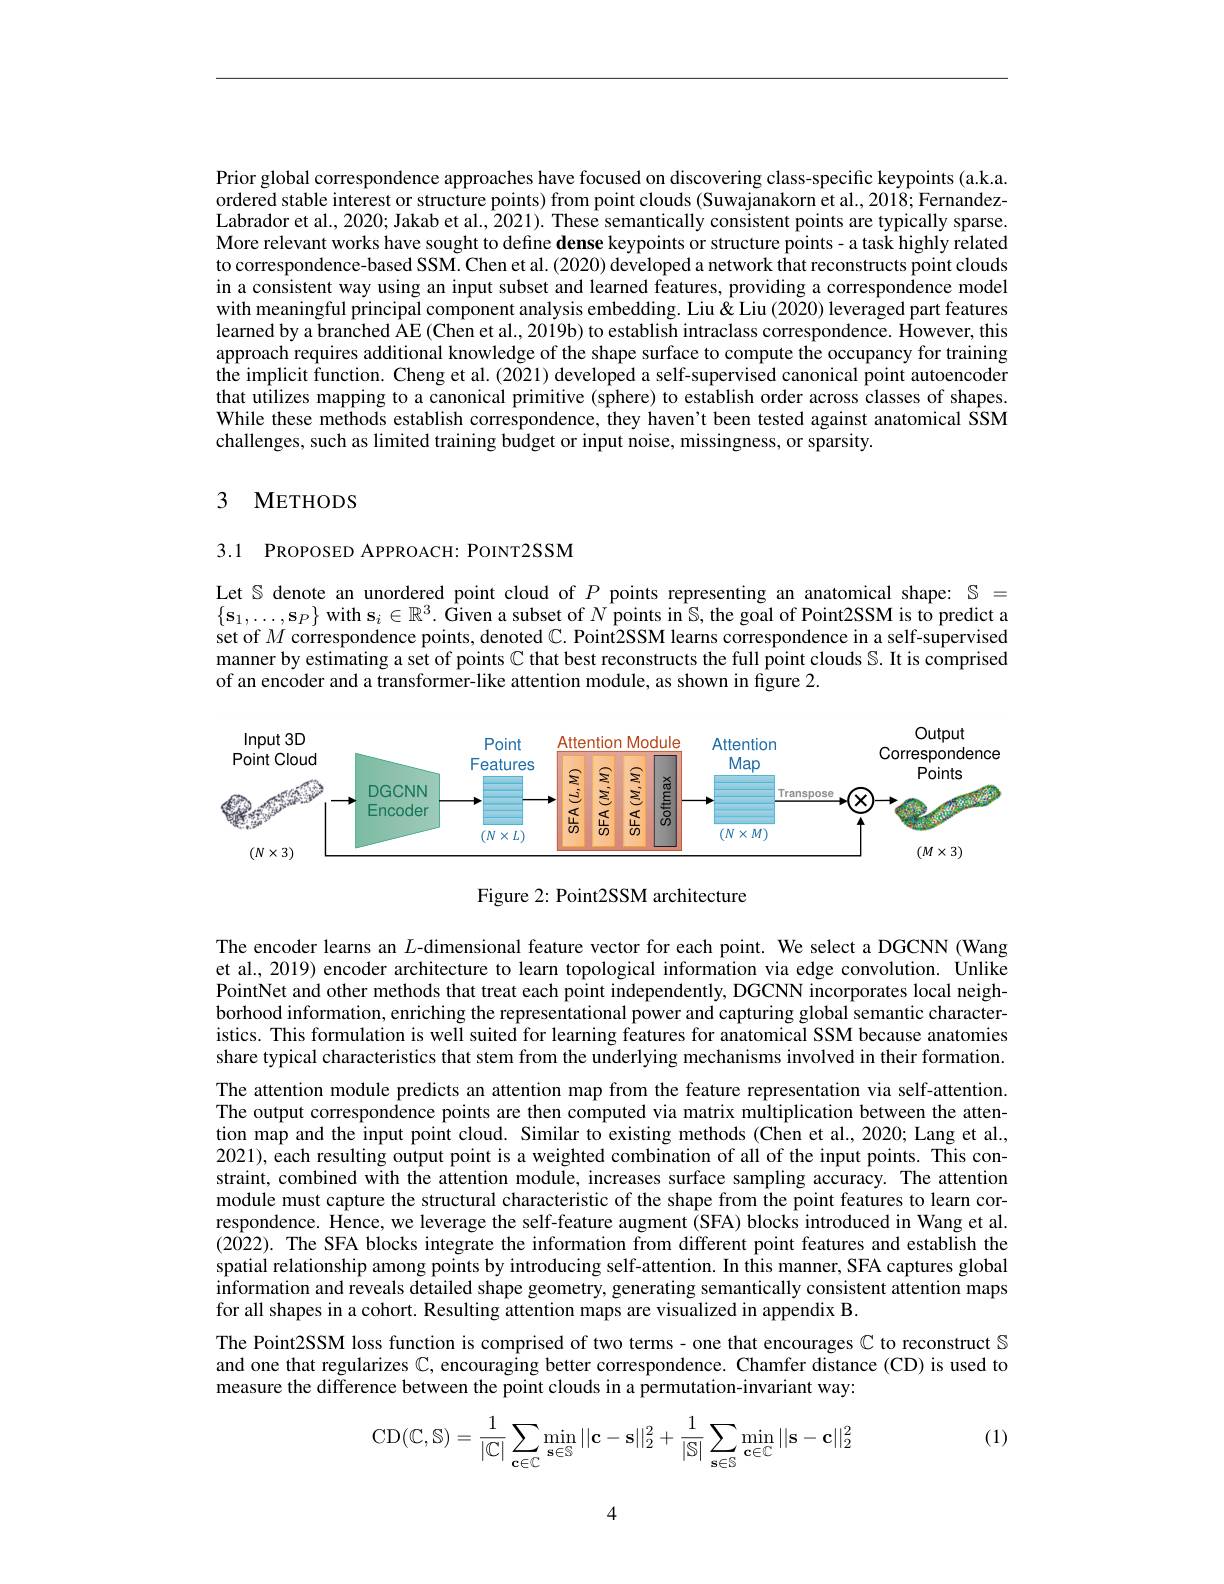
Prior global correspondence approaches have focused on discovering class-specific keypoints (a.k.a. ordered stable interest or structure points) from point clouds (Suwajanakorn et al., 2018; FernandezLabrador et al., 2020; Jakab et al., 2021). These semantically consistent points are typically sparse. More relevant works have sought to define dense keypoints or structure points - a task highly related to correspondence-based SSM. Chen et al. (2020) developed a network that reconstructs point clouds in a consistent way using an input subset and learned features, providing a correspondence model with meaningful principal component analysis embedding. Liu & Liu $\&$ Liu (2020) leveraged part features learned by a branched AE (Chen et al., 2019b) to establish intraclass correspondence. However, this approach requires additional knowledge of the shape surface to compute the occupancy for training the implicit function. Cheng et al.(2021) developed a self-supervised canonical point autoencoder that utilizes mapping to a canonical primitive (sphere) to establish order across classes of shapes. While these methods establish correspondence, they haven't been tested against anatomical SSM challenges, such as limited training budget or input noise, missingness, or sparsity.

### 3 METHODS

3.1 PROPOSED APPROACH: POINT2SSM

Let $\mathbb{S}$ denote an unordered point cloud of $P$ points representing an anatomical shape: $\mathbb{S}=$ $\{\mathbf{s}_1,\ldots,\mathbf{s}_P\}$ with $\mathbf{s}_i\in\mathbb{R}^3.$ Given a subset of $N$ points in S, the goal of Point2SSM is to predict a set of $M$ correspondence points, denoted $\mathbb{C}.$ Point2SSM learns correspondence in a self-supervised manner by estimating a set of points $\mathbb{C}$ that best reconstructs the full point clouds S. It is comprised of an encoder and a transformer-like attention module, as shown in figure 2.

<FigureHere>

Figure 2: Point2SSM architecture

The encoder learns an $L$-dimensional feature vector for each point. We select a DGCNN (Wang et al., 2019) encoder architecture to learn topological information via edge convolution. Unlike PointNet and other methods that treat each point independently, DGCNN incorporates local neighborhood information, enriching the representational power and capturing global semantic characteristics. This formulation is well suited for learning features for anatomical SSM because anatomies share typical characteristics that stem from the underlying mechanisms involved in their formation. The attention module predicts an attention map from the feature representation via self-attention. The output correspondence points are then computed via matrix multiplication between the attention map and the input point cloud. Similar to existing methods (Chen et al., 2020; Lang et al., 2021), each resulting output point is a weighted combination of all of the input points. This constraint, combined with the attention module, increases surface sampling accuracy. The attention module must capture the structural characteristic of the shape from the point features to learn correspondence. Hence, we leverage the self-feature augment (SFA) blocks introduced in Wang et al. (2022). The SFA blocks integrate the information from different point features and establish the spatial relationship among points by introducing self-attention. In this manner, SFA captures global information and reveals detailed shape geometry, generating semantically consistent attention maps for all shapes in a cohort. Resulting attention maps are visualized in appendix B.
The Point2SSM loss function is comprised of two terms- one that encourages $\mathbb{C}$ to reconstruct $\mathbb{S}$ and one that regularizes $\mathbb{C} $,encouragingbettercorrespondence. Chamferdistance( CD) isusedto

measure the difference between the point clouds in a permutation-invariant way:

(1)
$$\mathrm C\mathrm D(\mathbb C,\mathbb S)=\dfrac{1}{|\mathbb C|}\sum\limits_{\mathbf c\in\mathbb C}\min\limits_{\mathbf s\in\mathbb S}||\mathbf c-\mathbf s||_2^2+\dfrac{1}{|\mathbb S|}\sum\limits_{\mathbf s\in\mathbb S}\min\limits_{\mathbf c\in\mathbb C}||\mathbf s-\mathbf c||_2^2$$
4